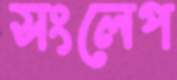
সংলেপ